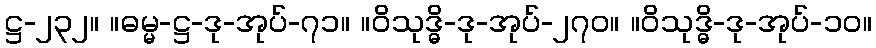
ဋ္ဌ-၂၃၂။ ။ဓမ္မ-ဋ္ဌ-ဒု-အုပ်-၇၁။ ။ဝိသုဒ္ဓိ-ဒု-အုပ်-၂၇၀။ ။ဝိသုဒ္ဓိ-ဒု-အုပ်-၁၀။